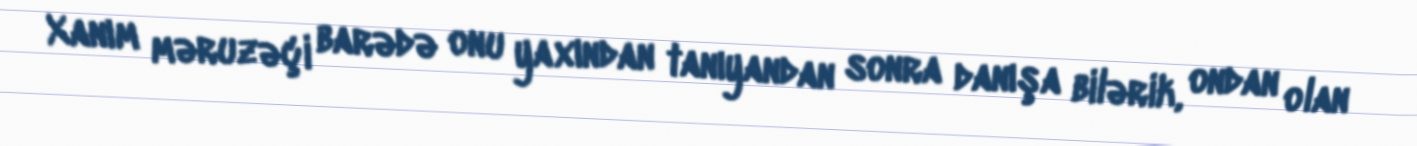
Xanım məruzəçi barədə onu yaxından tanıyandan sonra danışa bilərik, ondan olan